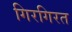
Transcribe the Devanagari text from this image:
गिरगिरत